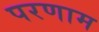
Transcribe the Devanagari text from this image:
परणाम